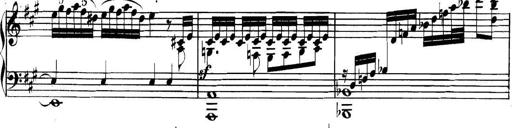
Title: Collected Piano Sonatas
Composer: Muzio Clementi